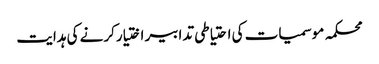
محکمہ موسمیات کی احتیاطی تدابیر اختیارکرنے کی ہدایت